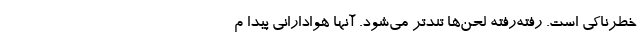
خطرناکی است. رفته‌رفته لحن‌ها تندتر می‌شود. آنها هوادارانی پیدا م